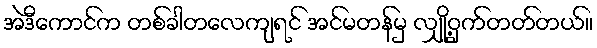
အဲဒီကောင်က တစ်ခါတလေကျရင် အင်မတန်မှ လျှို့ဝှက်တတ်တယ်။